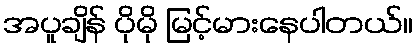
အပူချိန် ပိုမို မြင့်မားနေပါတယ်။